Vana-Antsla_vallavalitsus, lk 143
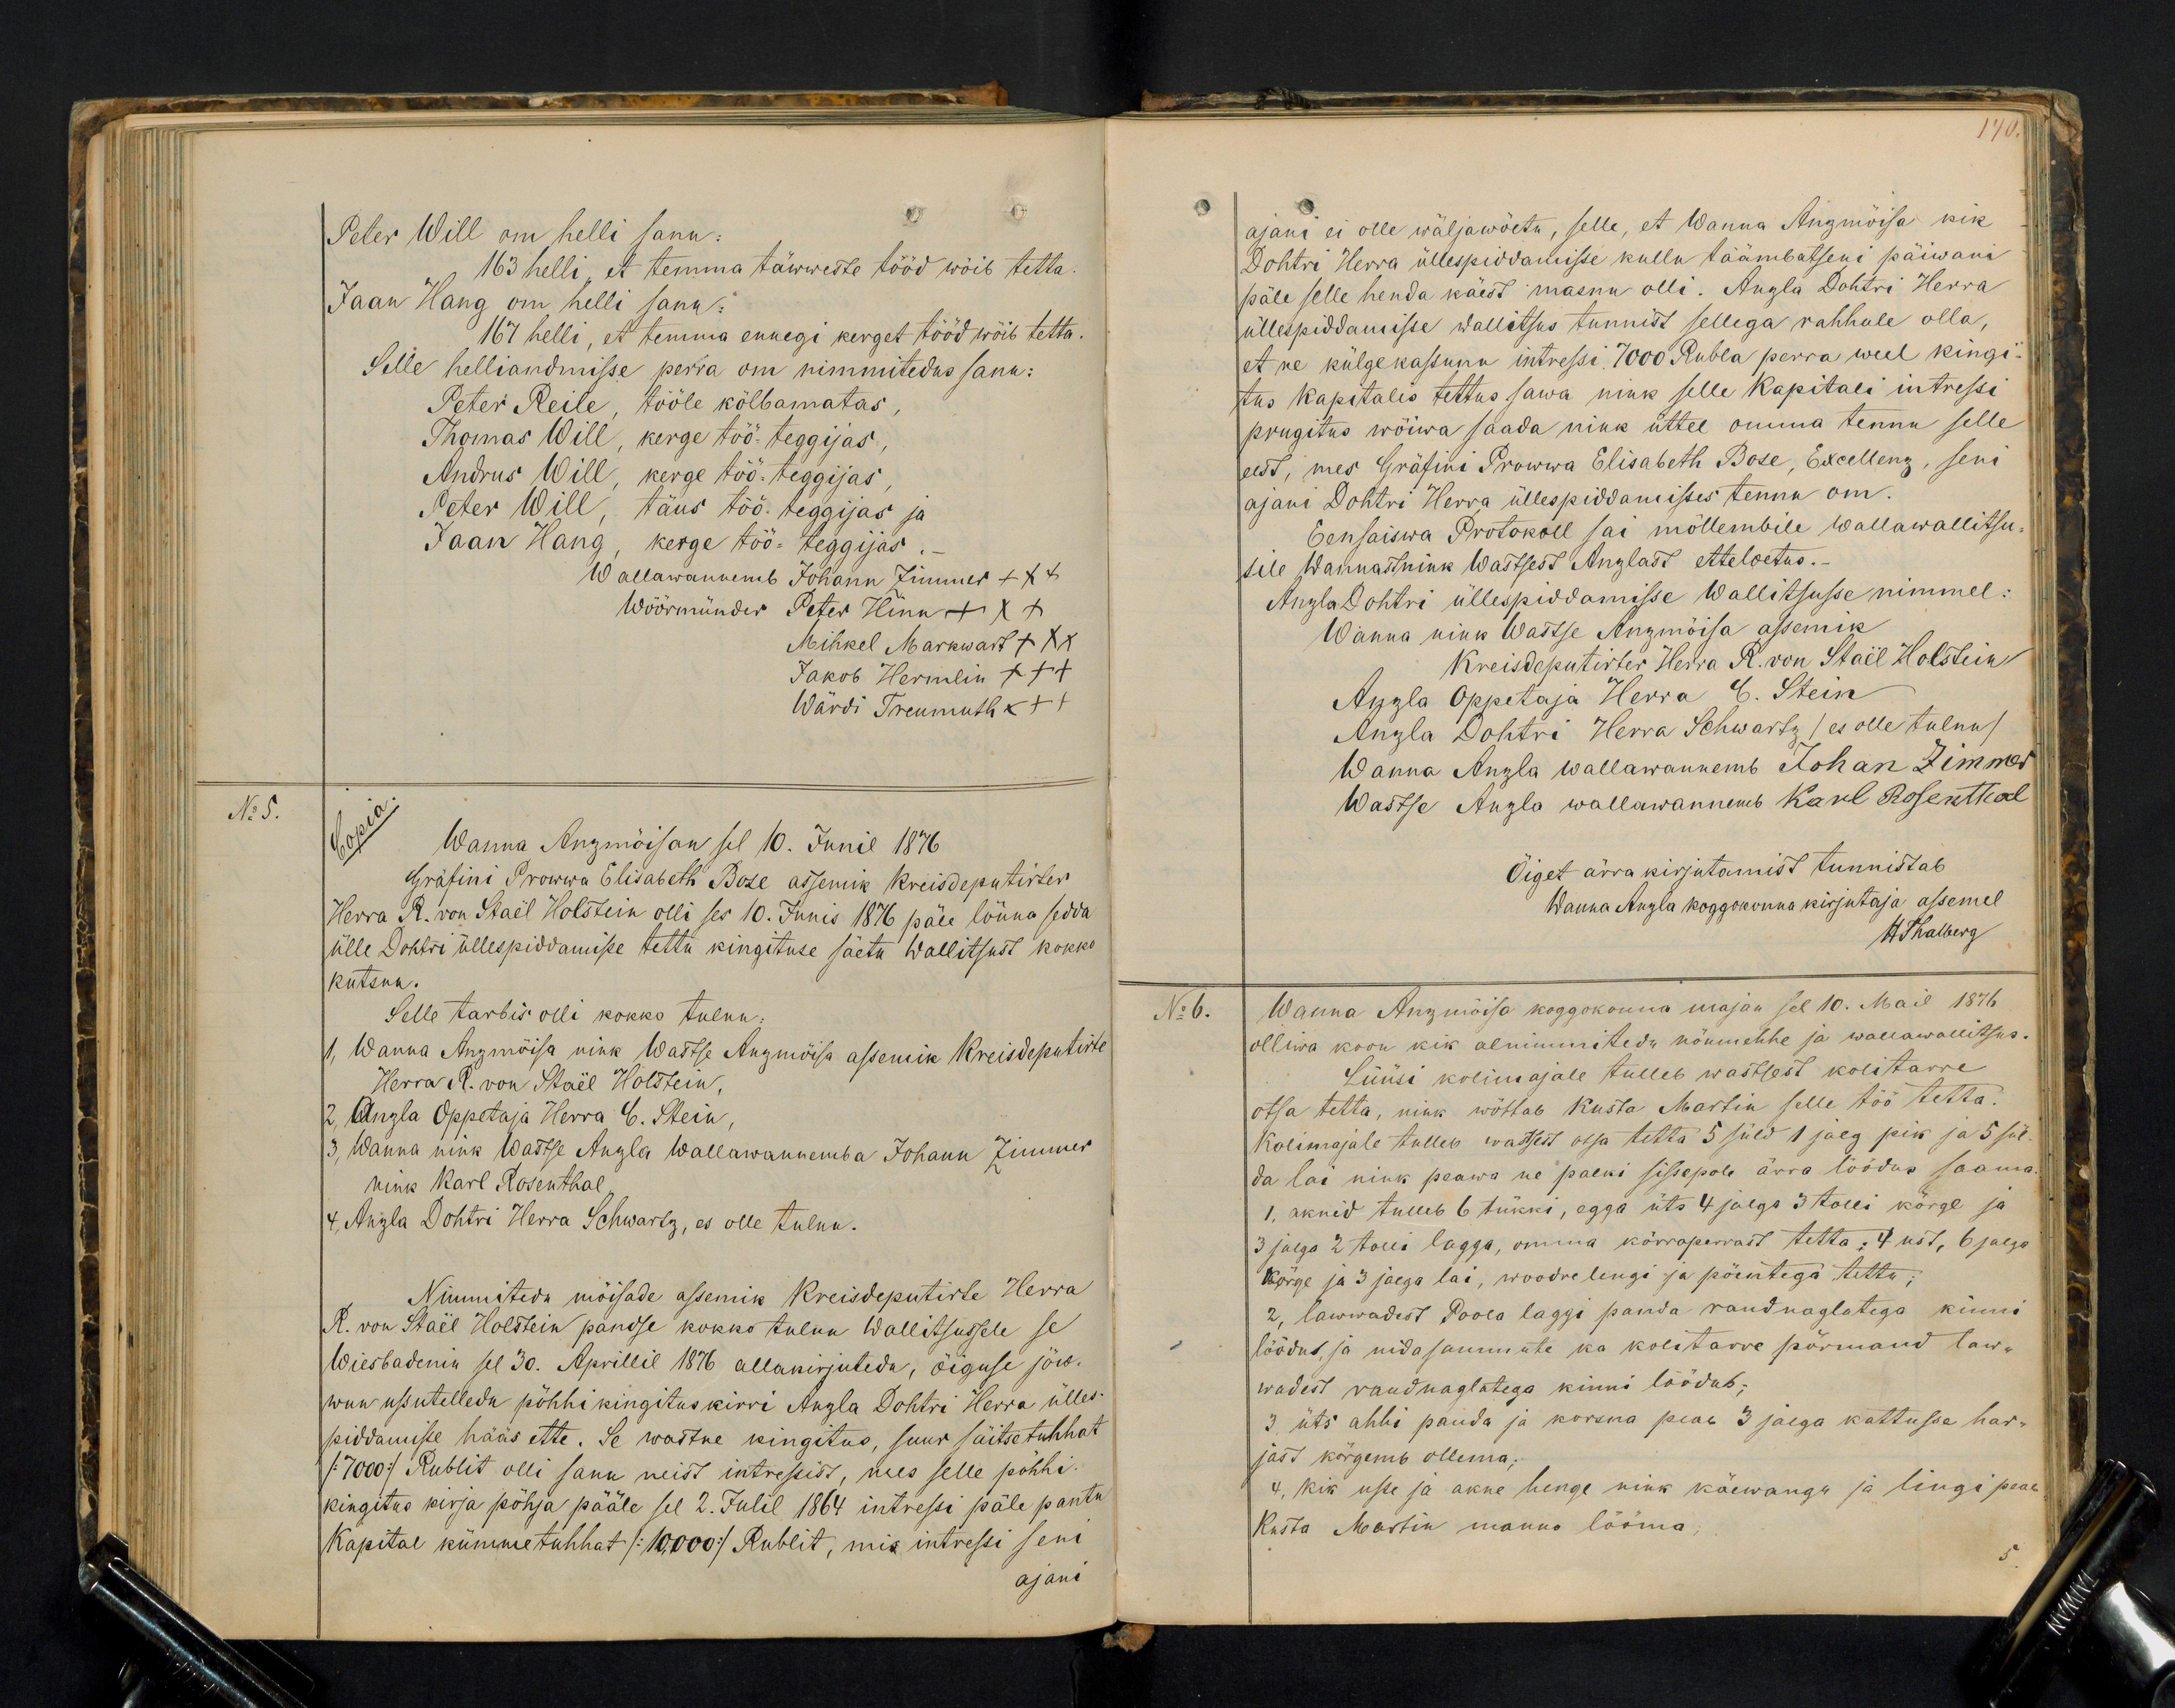
140

Peter Will om helli sanu:
163 helli, et temma täwweste tööd wöib tetta
Jaan Hang om helli sanu:
167 helli, et temma ennegi kerget tööd wöib tetta.
Selle helliandmisse perra om nimmitedus sanu:
Peter Reile, tööle kölbamatas,
Thomas Will, kerge töö-teggijas,
Andrus Will kerge töö-teggijas
Peter Will, täus töö-teggijas ja
Jaan Hang, kerge töö-teggijas
Wallawannemb Johann Zimmer +++
Wöörmünder Peter Hinn XXX
Mihkel Markwart XXX
Jakob Hermlin XXX
Wärdi Treumuth XXX
No 5.
Copia.
Wanna Anzmöisan sel 10. Junil 1876.
Gräfini Prowwa Elisabeth Bose assemik Kreisdeputirten
Herra R. von Staël Holstein olli ses 10. Junis 1876 päle lõuna sedda
ülle Dohtri üllespiddamise tettu kingituse säeta Wallitsust kokko
kutsnu.
Selle tarbis olli kokko tulnu:
1, Wanna Anzmöisa nink Wastse Anzmöisa asemik Kreisdeputirte
Herra R. von Staël Holstein.
2, Anzla Oppetaja Herra C. Stein
3. Wanna nink Wastse Anzla wallawannemba Johann Zimmer
nink Karl Rosenthal
4, Anzla Dohtri Herra Schwartz, es olle tulnu
Nimmiteda möisade asemik Kreisdeputirte Herra
R. von Staël Holstein pandse kokko tulnu Wallitsussele se
Wiesbadenin sel 30. Aprillil 1876 allakirjutedu, öiguse jöw-
wnu ussutelledu pöhhi kingitus kirri Anzla Dohtri Herra ülles
piddamisse hääs ette. Se wastne kingitus, suur säitsetuhhat
/:7000:/ Rublit olli sanu neist intressist, mes selle pöhhi-
kingitus kirja pöhja pääle sel 2. Julil 1864 intressi päle pantu
Kapital kümmetuhhat /:10,000:/ Rublit, mis intressi seni
ajani.

ajani ei olle wäljawöetu, selle, et Wanna Anzmöisa kik
Dohtri Herra üllespiddamisse kullu täämbatseni päiwani
päle selle henda käest masnu olli. Anzla Dohtri Herra
üllespiddamisse wallitsus tunnist sellega rahhule olla,
et ne külge kassuna intressi. 7000 Rubla perra weel kinge-
tus kapitalis tettus sawa nink selle Kapitali intressi
prugitus wöiwa saada nink üttel omma tennu selle
eest, mes Gräfini Prowwa Elisabeth Bose, Excellenz, seni
ajani Dohtri Herra üllespiddamisses tennu om.
Eensaiswa Protokoll sai möllembile wallawallitsu-
sele Wannast nink Wastsest Anzlast etteloetus.
Anzla Dohtri üllespiddamisse Wallitsusse nimmel.
Wanna nink Wastse Anzmõisa assemik
Kreisdeputirter Herra R. von Staël Holstein
Apzla Õppetaja Herra E. Stein
Anzla Dohtri Herra Schwartz /es olle tulnu/
Wanna Anzla wallawannemb Johan Zimmer
Wastse Angla wallawannemb Karl Rosenthal
Öiget ärra kirjutamist tunnistab
Wanna Anzla koggokonna kirjutaja assemel
H Thalberg
No 6.
Wanna Anzmõisa koggokonna majan sel 10. Mail 1876.
olliwa koon kik alnimmitedu nöumehhe ja wallawallitsus.
Lüüsi kolimajale tulleb wastsest kolitarre
otsa tetta, nink wöttab Kusta Martin selle töö tetta
Kolimajale tulleb watsest otsa tetta 5 süld 1 jalg pik ja 5 sül-
da lai nink peawa ne palki sissepole ärra löödus saama
1, aknid tulleb 6 tükki, egga üts 4 jalga 3 tolli körge ja
3 jalga 2 tolli lagga, omma körroperrast tetta: 4 ust, 6 jalga
kõrge ja 3 jalga lai, woodrelengi ja pöentega tettu,
2, lawwadest Poola laggi panda raudnaglatega kinni
löödut, ja nida sammute ka kolitarre pörmand law-
wadest raudnaglatega kinni löödut;
3, üts ahhi panda ja korsna peab 3 jalga kattusse har-
jast körgemb ollema.
4, kik usse ja akne henge nink käewangu ja lingi peab
Kusta Martin manno lööma